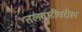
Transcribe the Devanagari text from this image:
तलवारींवरील